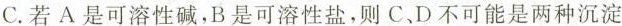
C.若A是可溶性碱，B是可溶性盐，则C，D不可能是两种沉淀